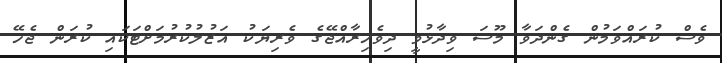
ވެސް ކުރައްވަމުން ގެންދަވާ މޫސަ ވިދާޅުވީ ދިވެހިރާއްޖޭގެ ވެރިޔަކު އަޒުލުކުރުމަށްޓަކައި ކުރަން ޖެހޭ